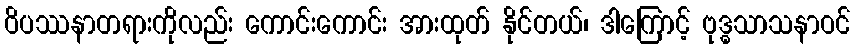
ဝိပဿနာတရားကိုလည်း ကောင်းကောင်း အားထုတ် နိုင်တယ်၊ ဒါကြောင့် ဗုဒ္ဓသာသနာဝင်